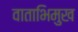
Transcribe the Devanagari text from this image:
वाताभिमुख